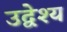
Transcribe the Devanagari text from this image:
उद्वेश्‍य